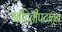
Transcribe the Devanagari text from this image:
माहितीपटातून